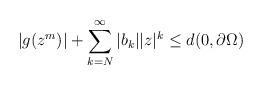
LaTeX: \begin{align*}|g(z^m)| + \sum_{k=N}^{\infty}|b_k||z|^k \leq d(0, \partial{\Omega})\end{align*}